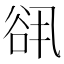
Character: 谻